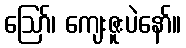
ဪ၊ ကျေးဇူးပဲနော်။